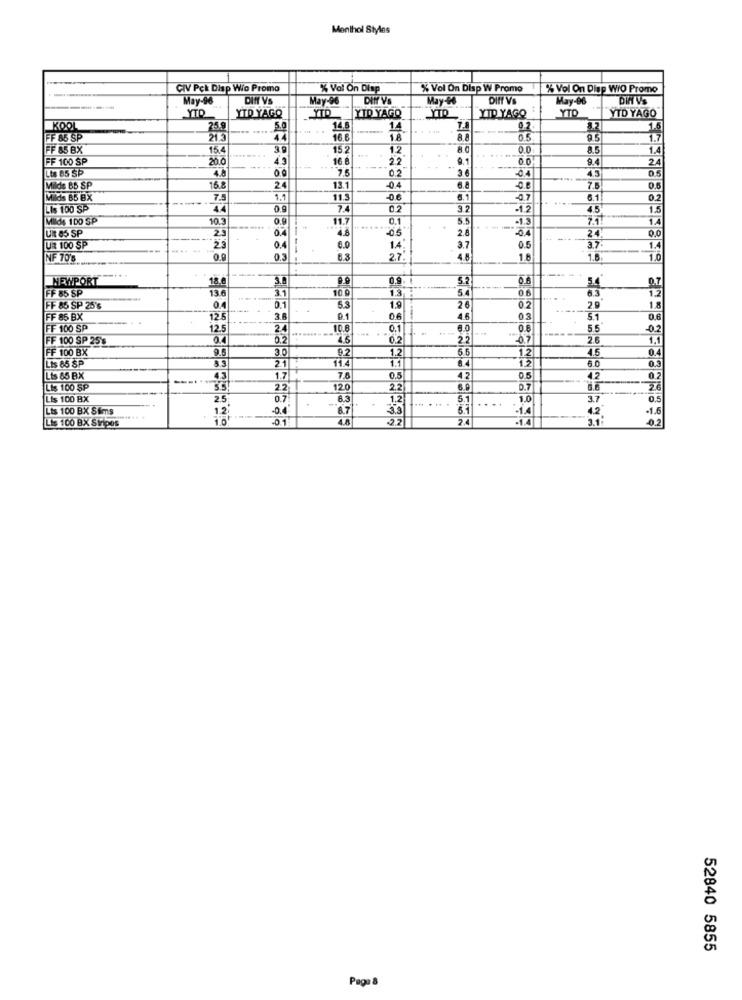
Menthol Styles
CIV Pck Disp Wio Promo
% Vol On Disp
% Vol On Disp W Promo
% Vol On Disp WrO Promo
May-96
DIN VS
May-46
Diff V
May-06
YID YAGO
YTD
YID YAGO
YTO
YTD YAGO
YTD YAGO
KOOL
25.9
5.0
14.8
14
T.8
8.2
1.5
FF 85 SP
21 .3
16.6
0.5
95
1.7
FF 85 BX
15.4
3.
152
12
8.0
0.0
as
1.4
FF 100 SP
20.0
43
16 8
22
9.1
00
24
Lts 85 SP
4.8
0.0
7.5
02
3.6
0.4
4.3
05
Milde 65 SP
16
24
13.1
-0.4
6.8
7.
0.5
Milds 65 BX
7.5
1.1
11.3
-0.6
6.1
-0.7
6.1
0.2
Lis 100 SP
44
0.9
7.4
0.2
3.2
-1.2
4.5
1.5
Milds 100 SP
10.3
0.9
11.7
0.1
5.5
1.3
1.4
UR 85 SP
2.3
04
4.8
....
0.5
2.8
----
-04
24.
LUR 100 SP
--
-. .
0.4
6.0
14.
3.7
0.5
3.7
1.4
NF 70's
0.3
6.3
2.7
4.8
1.6
1.8
1.0
NEWPORT
18.0
0.9
52
0.6
5.4
FF 85 SP
13 6
31
10
1.3
6.3
1.2
18
FF 86 SP 25's
0.4
0.1
53
1.9
26
0.2
2.0
FF 85 BX
12 5
9.1
0.6
4.6
03
5.1
0.6
FF 100 SP
12.5
.........
10.8
0.1
8.0
0.8
5.5
02
FF 100 SP 25's
0.4
0.2
02
22
-0.7
1.1
FF 100 BX
9.5
30
1.2
5.6
12
4.5
0.4
Lis 85 SP
5.3
11.4
1.1
8.4
6.0
0.3
21
1.2
Lis 85 BX
43
1.7
7,8
0.5
4.2
4.2
02
Lis 100 SP
2.2
120
2.2
6.9
0.7
26
Lis 100 BX
2.5
0.7
6.3
1.2
5.1
1.0
3.7
Lts 100 BX Sims
1.2
-0.4
8.7
-1.4
4.2
-1.6
1.0
-0.1
4.A
2.2
2.4
-1.4
3.1
Lis 100 BX Stripes
52840 5855
Page 8